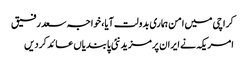
کراچی میں امن ہماری بدولت آیا، خواجہ سعد رفیق
امریکہ نے ایران پرمزید نئی پابندیاں عائد کردیں